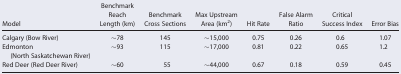
<table><thead><tr><td><b>Model</b></td><td><b>Benchmark Reach Length (km)</b></td><td><b>Benchmark Cross Sections</b></td><td><b>Max Upstream Area (km<sup>2</sup>)</b></td><td><b>Hit Rate</b></td><td><b>False Alarm Ratio</b></td><td><b>Critical Success Index</b></td><td><b>Error Bias</b></td></tr></thead><tbody><tr><td>Calgary (Bow River)</td><td>∼78</td><td>145</td><td>∼15,000</td><td>0.75</td><td>0.26</td><td>0.6</td><td>1.07</td></tr><tr><td>Edmonton (North Saskatchewan River)</td><td>∼93</td><td>115</td><td>∼17,000</td><td>0.81</td><td>0.22</td><td>0.65</td><td>1.2</td></tr><tr><td>Red Deer (Red Deer River)</td><td>∼60</td><td>55</td><td>∼44,000</td><td>0.67</td><td>0.18</td><td>0.59</td><td>0.45</td></tr></tbody></table>